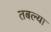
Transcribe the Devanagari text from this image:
तबल्या